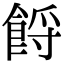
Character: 𩛝